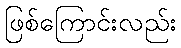
ဖြစ်ကြောင်းလည်း